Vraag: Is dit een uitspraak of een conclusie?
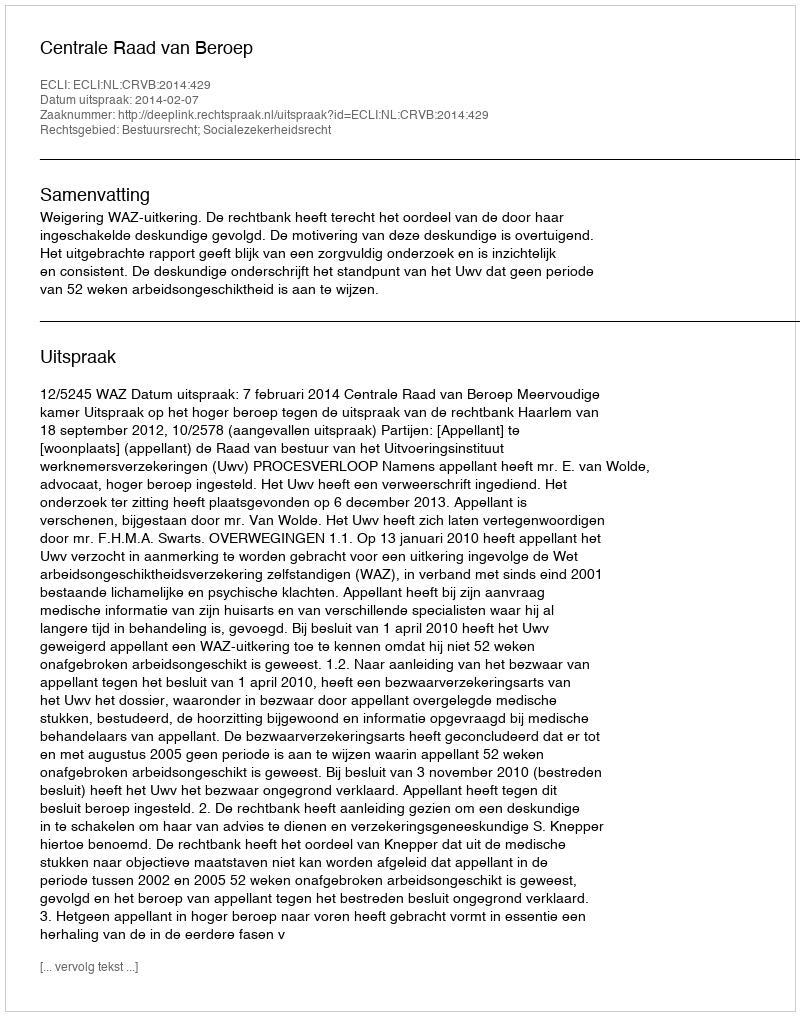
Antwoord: Uitspraak